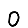
Digit: 0